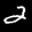
Label: 2